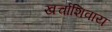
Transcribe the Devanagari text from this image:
खर्चाशिवाय